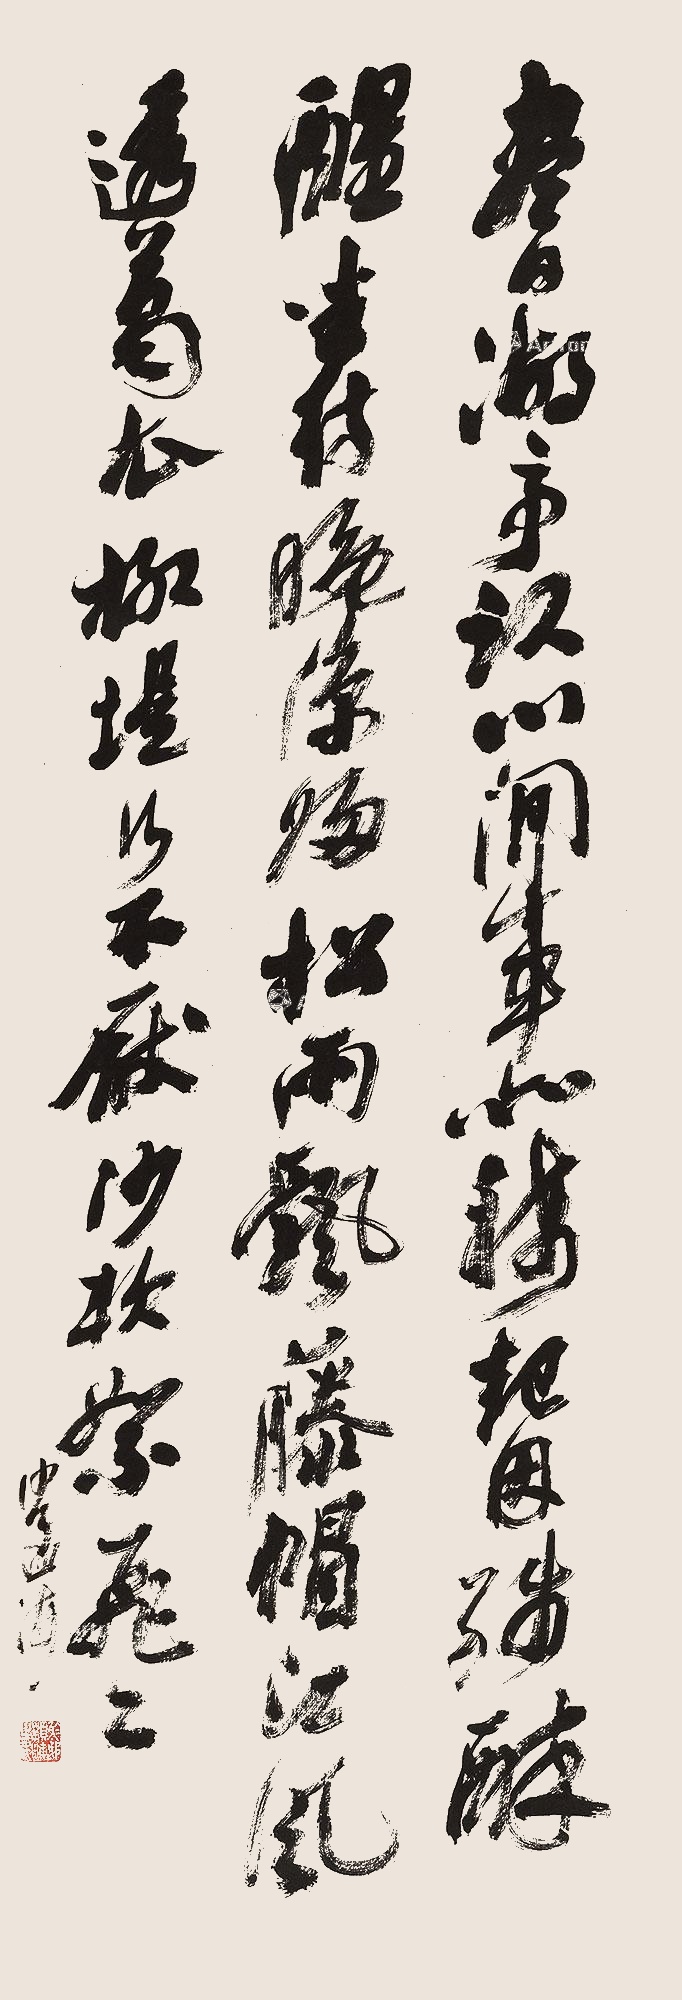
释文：尽日湖亭卧，心闲事亦稀。起因残醉醒，坐待晚凉归。松雨飘藤帽，江风透葛衣。柳堤行不厌，沙软絮飞飞。沙孟海